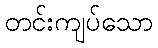
တင်းကျပ်သော